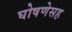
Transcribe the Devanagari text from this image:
घोषणेसह